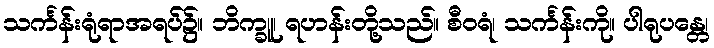
သင်္ကန်းရုံရာအရပ်၌။ ဘိက္ခူ၊ ရဟန်းတို့သည်။ စီဝရံ၊ သင်္ကန်းကို။ ပါရုပန္တေ၊